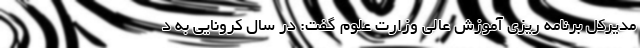
مدیرکل برنامه ریزی آموزش عالی وزارت علوم گفت: در سال کرونایی به د